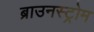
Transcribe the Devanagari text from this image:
ब्राउनस्ट्रोम